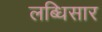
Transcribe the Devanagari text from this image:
लब्धिसार